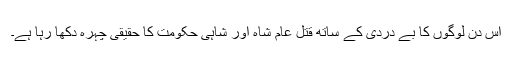
اس دن لوگوں کا بے دردی کے ساتھ قتل عام شاہ اور شاہی حکومت کا حقیقی چہرہ دکھا رہا ہے۔